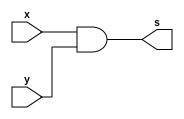
/* Exercicio 09
** Wadson Gomes Ferreira
** 460631
** Tabela-verdade AND 4 entradas usando modulos de 2 entradas
*/

module twoAND(output s, input x, input y);
       assign s = x & y;
endmodule

module fourAND(output s, input x, input y, input w, input z);
       wire k,l,m;
       twoAND T1(k,x,y);
       twoAND T2(l,w,z);
       twoAND T3(m,k,l);
       assign s = m;
endmodule

module exercicio;
       reg a,b,c,d;
       wire s;
       fourAND T4(s,a,b,c,d);
       initial begin
               #1 a=0; b=0; c=0; d=0;
               #1
                 $display("Exercicio09 - Wadson Gomes Ferreira - 460631");
                 $display("Tabela-Verdade AND 4 entradas usando modulo de 2 entradas");
                 $monitor("a=%b , b=%b, c=%b, d=%b => %b",a,b,c,d,s);
               #1 a=0; b=0; c=0; d=1;
               #1 a=0; b=0; c=1; d=0;
               #1 a=0; b=0; c=1; d=0;
               #1 a=0; b=1; c=0; d=0;
               #1 a=0; b=1; c=0; d=1;
               #1 a=0; b=1; c=1; d=0;
               #1 a=0; b=1; c=1; d=1;
               #1 a=1; b=0; c=0; d=0;
               #1 a=1; b=0; c=0; d=1;
               #1 a=1; b=0; c=1; d=0;
               #1 a=1; b=0; c=1; d=1;
               #1 a=1; b=1; c=0; d=0;
               #1 a=1; b=1; c=0; d=1;
               #1 a=1; b=1; c=1; d=0;
               #1 a=1; b=1; c=1; d=1;
       end
endmodule